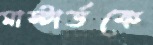
মাস্টার্ডকে